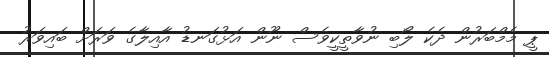
ޕީ މެމްބަރުން ދެކެ ލޯބި ނުވާތީކީވެސް ނޫން އަޅުގަނޑު އާއިލާގެ ވަރަށް ބައިވަރު